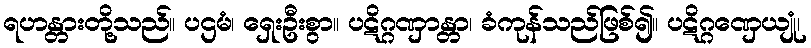
ရဟန္တားတို့သည်။ ပဌမံ၊ ရှေးဦးစွာ။ ပဋိဂ္ဂဏှာန္တာ၊ ခံကုန်သည်ဖြစ်၍။ ပဋိဂ္ဂဏှေယျုံ၊